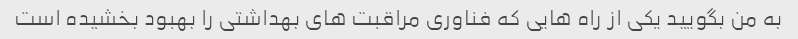
به من بگویید یکی از راه هایی که فناوری مراقبت های بهداشتی را بهبود بخشیده است